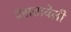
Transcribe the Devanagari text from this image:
दसतावेज़ी